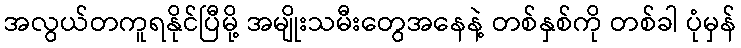
အလွယ်တကူရနိုင်ပြီမို့ အမျိုးသမီးတွေအနေနဲ့ တစ်နှစ်ကို တစ်ခါ ပုံမှန်